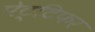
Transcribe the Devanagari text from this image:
पेट्टिफर